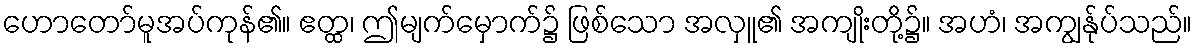
ဟောတော်မူအပ်ကုန်၏။ ဧတ္ထ၊ ဤမျက်မှောက်၌ ဖြစ်သော အလှူ၏ အကျိုးတို့၌။ အဟံ၊ အကျွန်ုပ်သည်။